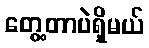
တွေ့တာပဲရှိမယ်